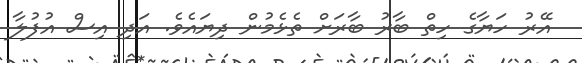
އޭރު ހަޔާގެ ހިތް ބާރު ބާރަށް ތެޅެމުން ދިޔައެވެ. އަދި އިސް އުފުލާ